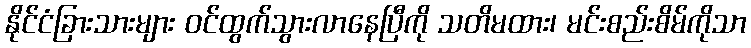
နိုင်ငံခြားသားများ ဝင်ထွက်သွားလာနေပြီကို သတိမထား၊ မင်းစည်းစိမ်ကိုသာ